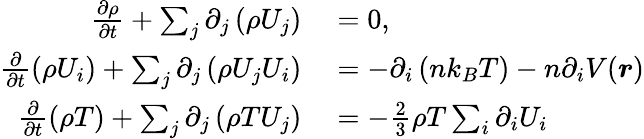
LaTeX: \begin{array}{rl}{\frac{\partial\rho}{\partial t}+\sum_{j}\partial_{j}\left({\rho U_{j}}\right)}&{{}=0,}\\ {\frac{\partial}{\partial t}\left(\rho U_{i}\right)+\sum_{j}\partial_{j}\left(\rho U_{j}U_{i}\right)}&{{}=-\partial_{i}\left(nk_{B}T\right)-n\partial_{i}V(\boldsymbol{r})}\\ {\frac{\partial}{\partial t}(\rho T)+\sum_{j}\partial_{j}\left(\rho TU_{j}\right)}&{{}=-\frac{2}{3}\rho T\sum_{i}\partial_{i}U_{i}}\end{array}